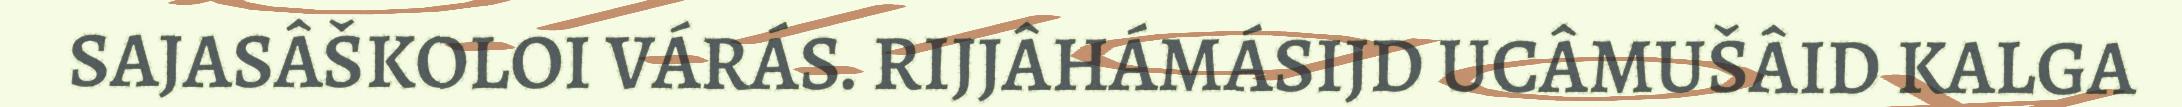
SAJASÂŠKOLOI VÁRÁS. RIJJÂHÁMÁSIJD UCÂMUŠÂID KALGA